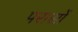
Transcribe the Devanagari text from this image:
परासों